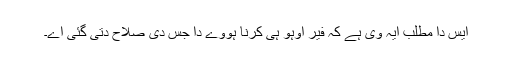
ایس دا مطلب ایہ وی ہے کہ فیر اوہو ہی کرنا ہووے دا جس دی صلاح دتی گئی اے۔